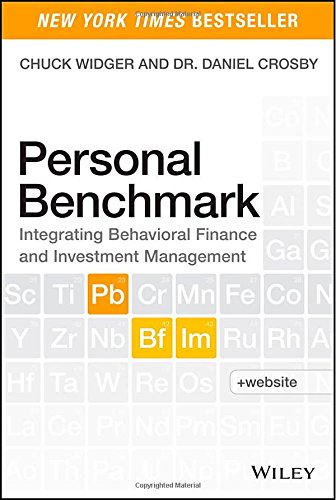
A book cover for Personal Benchmark: Integrating Behavioral Finance and Investment Management; Charles Widger; Business & Money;